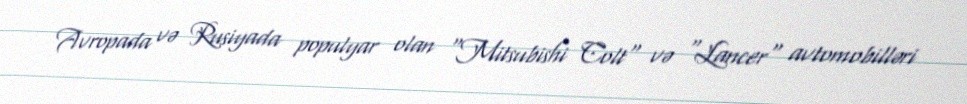
Avropada və Rusiyada populyar olan "Mitsubishi Colt" və "Lancer" avtomobilləri